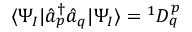
\langle \Psi _ { I } | \hat { a } _ { p } ^ { \dagger } \hat { a } _ { q } | \Psi _ { I } \rangle = { } ^ { 1 } D _ { q } ^ { p }